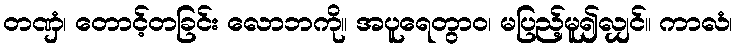
တဏှံ၊ တောင့်တခြင်း လောဘကို။ အပူရေတွာဝ၊ မပြည့်မူ၍လျှင်။ ကာလံ၊